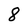
Character: 8